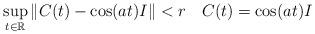
LaTeX: \begin{align*}\sup_{t\in {\mathbb R} } \|C(t) - \cos(at)I \| < r \quad C(t) = \cos(at) I\end{align*}